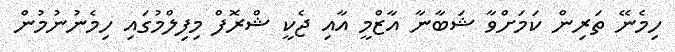
ހިމެނޭ ތަރިން ކަމަށްވާ ޝަބާނާ އާޒްމީ އާއި ޖެކީ ޝްރޮފް މިފިލްމުގައި ހިމެނުނުމުން